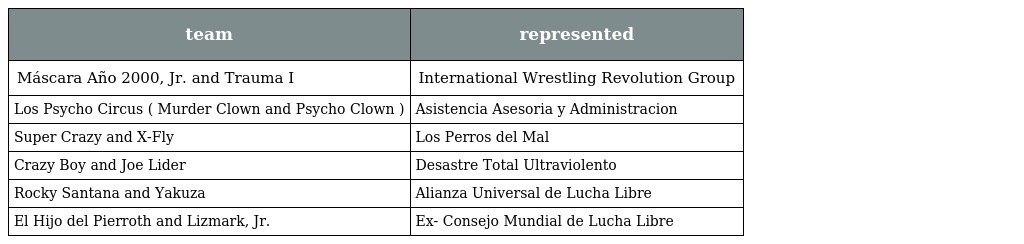
| team | represented |
 | --- | --- |
 | Máscara Año 2000, Jr. and Trauma I | International Wrestling Revolution Group |
 | Los Psycho Circus ( Murder Clown and Psycho Clown ) | Asistencia Asesoria y Administracion |
 | Super Crazy and X-Fly | Los Perros del Mal |
 | Crazy Boy and Joe Lider | Desastre Total Ultraviolento |
 | Rocky Santana and Yakuza | Alianza Universal de Lucha Libre |
 | El Hijo del Pierroth and Lizmark, Jr. | Ex- Consejo Mundial de Lucha Libre |